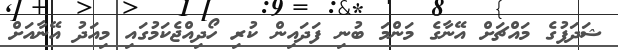
ޝަދަފުގެ މައްޗަށް އޭނާގެ މަންމަ ބުނި ފަދައިން ކުރި ހޯދިއްޖެކަމުގައި މިއަދު އޭނާއަށް